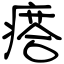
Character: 瘩